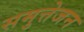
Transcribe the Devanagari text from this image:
समुत्तेजन